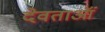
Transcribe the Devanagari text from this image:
देवताऑं